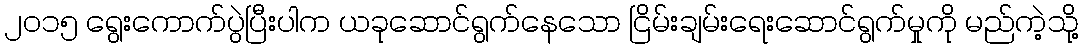
၂၀၁၅ ရွေးကောက်ပွဲပြီးပါက ယခုဆောင်ရွက်နေသော ငြိမ်းချမ်းရေးဆောင်ရွက်မှုကို မည်ကဲ့သို့